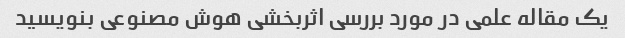
یک مقاله علمی در مورد بررسی اثربخشی هوش مصنوعی بنویسید